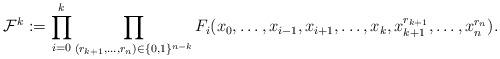
LaTeX: \begin{align*}\mathcal{F}^k:= \prod_{i=0}^{k} \prod_{(r_{k+1},\dots,r_n)\in\{0,1\}^{n-k}}F_i(x_0,\dots,x_{i-1},x_{i+1},\dots,x_k,x_{k+1}^{r_{k+1}},\dots,x_{n}^{r_{n}}).\end{align*}